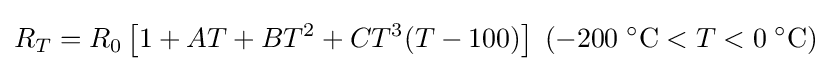
R_{T}=R_{0}\left[1+AT+BT^{2}+CT^{3}(T-100)\right]\;(-200\;{}^{\circ }\mathrm {C} <T<0\;{}^{\circ }\mathrm {C} )